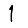
Digit: 1